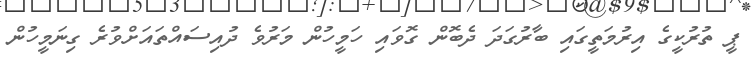
ޕީ ތުރުކީގެ އިރުމަތީގައި ބާރުގަދަ ދެބޮން ގޮވައި ހަމީހުން މަރުވެ ދުއިސައްތައަށްވުރެ ގިނަމީހުން